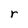
Character: r